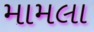
મામલા